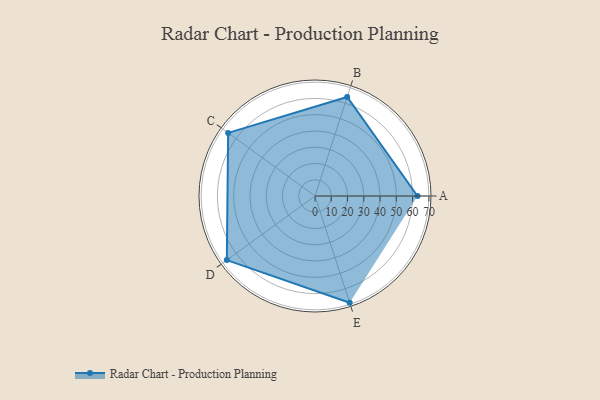
{"axis": {"x": "Skill", "y": "Score"}, "legend": ["Profile"], "data": [{"x": "A", "y": 63.0, "type": "Profile"}, {"x": "B", "y": 64.0, "type": "Profile"}, {"x": "C", "y": 66.0, "type": "Profile"}, {"x": "D", "y": 67.0, "type": "Profile"}, {"x": "E", "y": 69.0, "type": "Profile"}]}